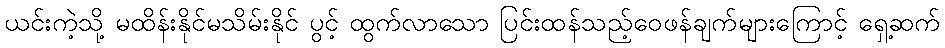
ယင်းကဲ့သို့ မထိန်းနိုင်မသိမ်းနိုင် ပွင့် ထွက်လာသော ပြင်းထန်သည့်ဝေဖန်ချက်များကြောင့် ရှေ့ဆက်